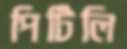
পিটিলি